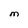
Character: M